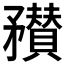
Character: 𥎞